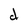
Character: d